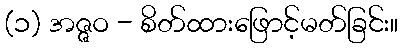
(၁) အဇ္ဇဝ - စိတ်ထားဖြောင့်မတ်ခြင်း။